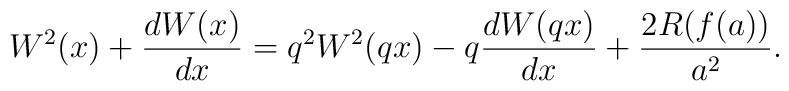
W^2(x)+\frac{dW(x)}{dx}=q^2W^2(qx)-q\frac{dW(qx)}{dx}+\frac{2R(f(a))}{a^2} .